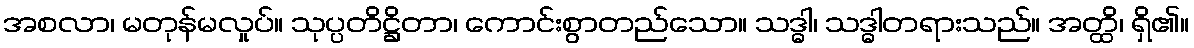
အစလာ၊ မတုန်မလှုပ်။ သုပ္ပတိဋ္ဌိတာ၊ ကောင်းစွာတည်သော။ သဒ္ဓါ၊ သဒ္ဓါတရားသည်။ အတ္ထိ၊ ရှိ၏။